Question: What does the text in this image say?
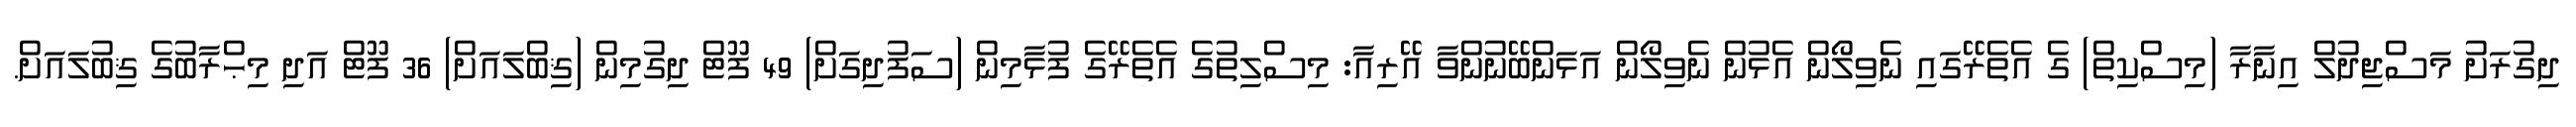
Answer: ދިގުރަށު މަސްޖިދުލް އިނާރާ (މިސްކިތް) ގެ އެތެރޭގައި ނެވިލޯން އެޅުން ނެވިލޯން އަޅަންބޭނުންވާ އޭރިއާ: މިސްލިތުގެ އެތެރޭގެ ފުޅާމިން (ސަފުދިގަށް) 49 ފޫޓް ދިގުމިން (ޤިބްލައަށް) 36 ފޫޓް އަދި މިޙްރާބުގެ ޤިބުލައަށް.